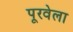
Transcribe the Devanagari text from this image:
पूरवेला